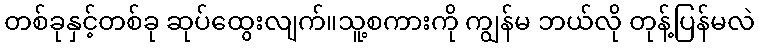
တစ်ခုနှင့်တစ်ခု ဆုပ်ထွေးလျက်။သူ့စကားကို ကျွန်မ ဘယ်လို တုန့်ပြန်မလဲ